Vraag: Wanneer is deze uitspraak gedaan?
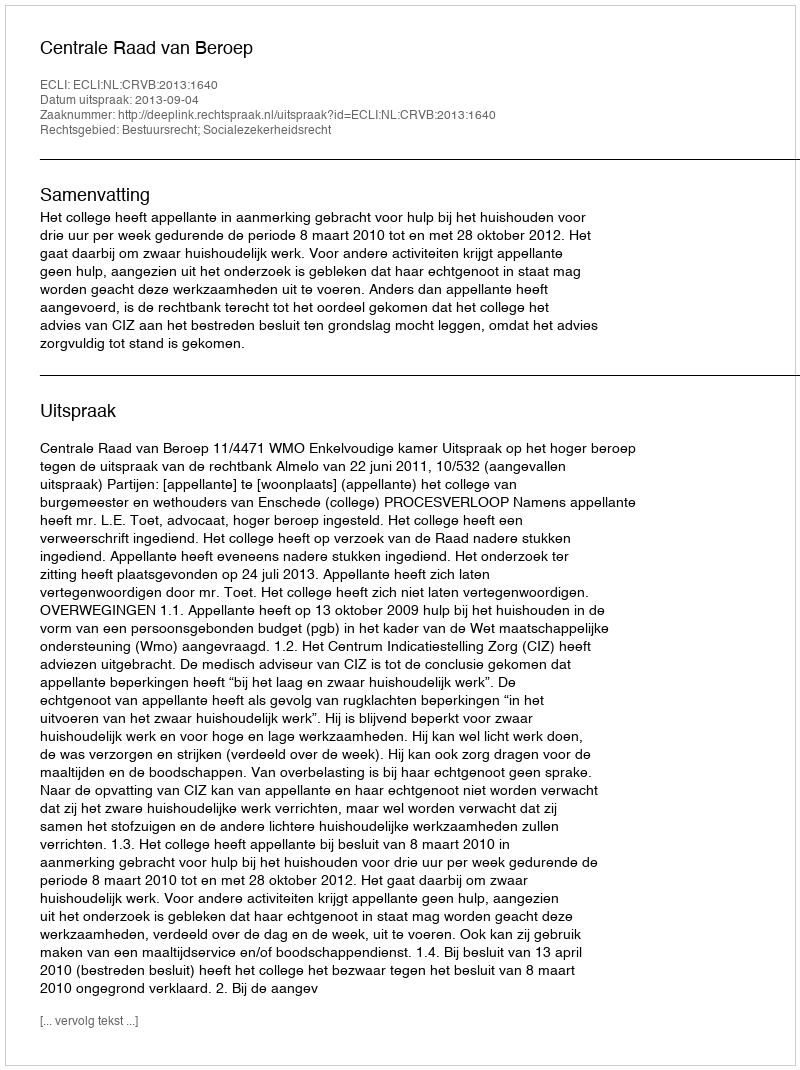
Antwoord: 2013-09-04